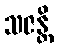
သဇန္တိ